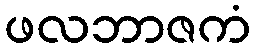
ဖလဘာဇကံ